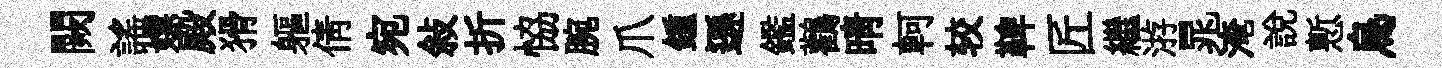
闕謡嫖殿猾軀倩宛敍折恊腕爪鍾遜鑑鸛晴軻较鞞匠繼㳺晁淹說慙烏